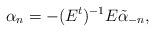
LaTeX: \begin{align*}\alpha_{n}=-(E^{t})^{-1}E\tilde{\alpha}_{-n},\end{align*}